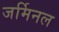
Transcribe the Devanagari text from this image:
जर्मिनल